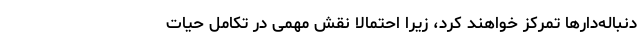
دنباله‌دارها تمرکز خواهند کرد، زیرا احتمالاً نقش مهمی در تکامل حیات